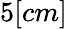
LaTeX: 5[cm]